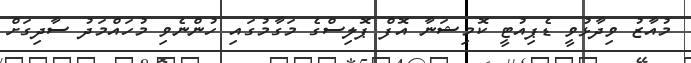
މުއާޒު ވިދާޅުވީ ޑެޕިއުޓީ ކޮމިޝަނާ އޮފް ޕޮލިސްގެ މަގާމުގައި ހުންނެވި މުހައްމަދު ސާދިގަށް